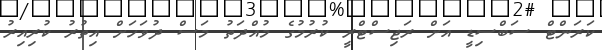
ކަރަންޓް ސަބްސިޑީ އަށް ރަޖިސްޓްރީ ކުރުމުގެ މުއްދަތު މަސް ދުވަހަށް އިތުރު ކުރިއިރު